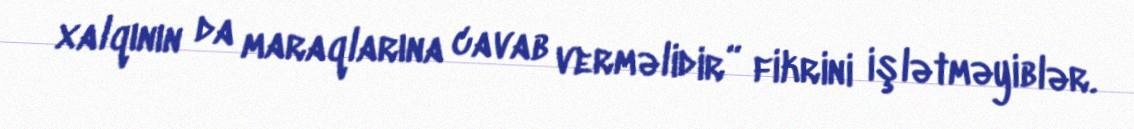
xalqının da maraqlarına cavab verməlidir” fikrini işlətməyiblər.